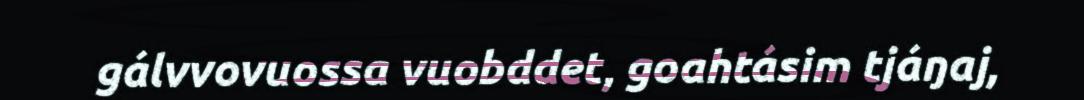
gálvvovuossa vuobddet, goahtásim tjáŋaj,